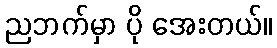
ညဘက်မှာ ပို အေးတယ်။